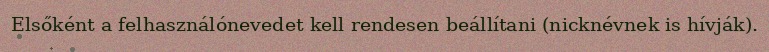
Elsőként a felhasználónevedet kell rendesen beállítani (nicknévnek is hívják).